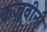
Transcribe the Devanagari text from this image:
कज़वीनी